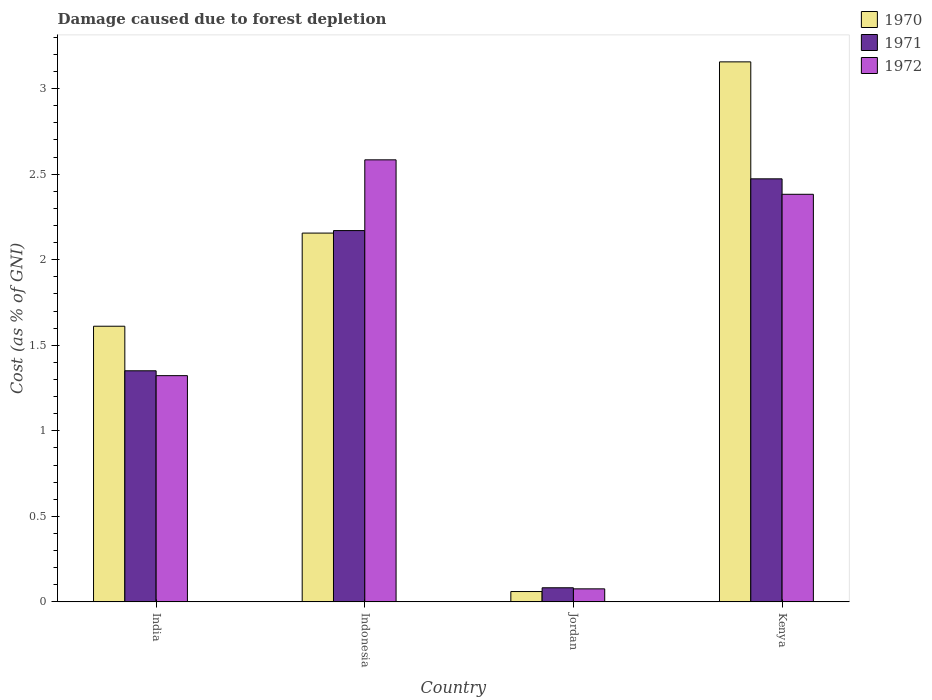
| Country | 1970 | 1971 | 1972 |
 | --- | --- | --- | --- |
 | India | 1.61 | 1.35 | 1.32 |
 | Indonesia | 2.16 | 2.17 | 2.58 |
 | Jordan | 0.0604 | 0.0825 | 0.0761 |
 | Kenya | 3.16 | 2.47 | 2.38 |